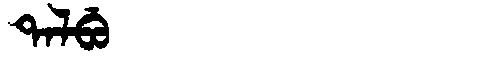
Manchu: ᡨᠠᠯᠪᡠ
Romanization: TALBU